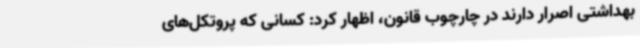
بهداشتی اصرار دارند در چارچوب قانون، اظهار کرد: کسانی که پروتکل‌های